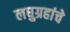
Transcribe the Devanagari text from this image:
लघुग्रहांचे